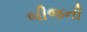
બીજની